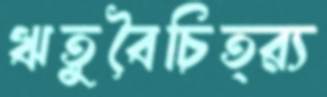
ঋতুবৈচিত্র্য